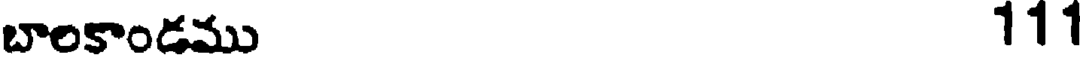
బాలకాండము 111